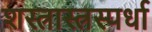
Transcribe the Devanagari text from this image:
शस्त्रास्त्रस्पर्धा